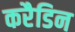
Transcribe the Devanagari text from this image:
करैडिन